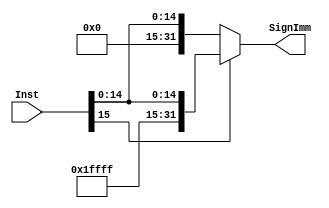
module Sign_Extend(
input wire [15:0] Inst,
output reg [31:0] SignImm
);
always @(*) begin
    if(Inst[15]==1'b0)
    SignImm={ {16{1'b0} },Inst};
    else
    SignImm={ {16{1'b1}},Inst};
end
endmodule